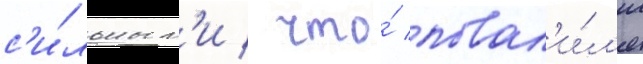
с'и́льным'и / что́ повал'и́л'и